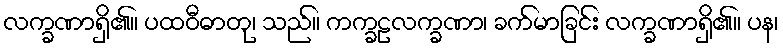
လက္ခဏာရှိ၏။ ပထဝီဓာတု၊ သည်။ ကက္ခဠလက္ခဏာ၊ ခက်မာခြင်း လက္ခဏာရှိ၏။ ပန၊